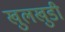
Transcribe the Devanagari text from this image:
खुलखुडी